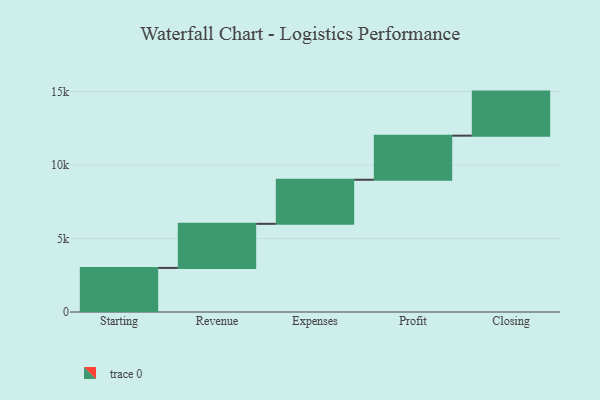
{"axis": {"x": "Step", "y": "Value"}, "legend": [""], "data": [{"x": "Starting", "y": 3000, "type": ""}, {"x": "Revenue", "y": 3000, "type": ""}, {"x": "Expenses", "y": 3000, "type": ""}, {"x": "Profit", "y": 3000, "type": ""}, {"x": "Closing", "y": 3000, "type": ""}]}